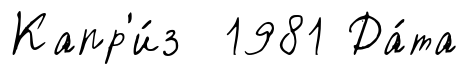
Капр'и́з 1981 Да́та